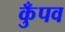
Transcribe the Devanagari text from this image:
कुँपव